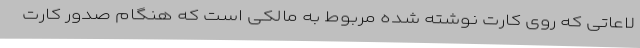
لاعاتی که روی کارت نوشته شده مربوط به مالکی است که هنگام صدور کارت